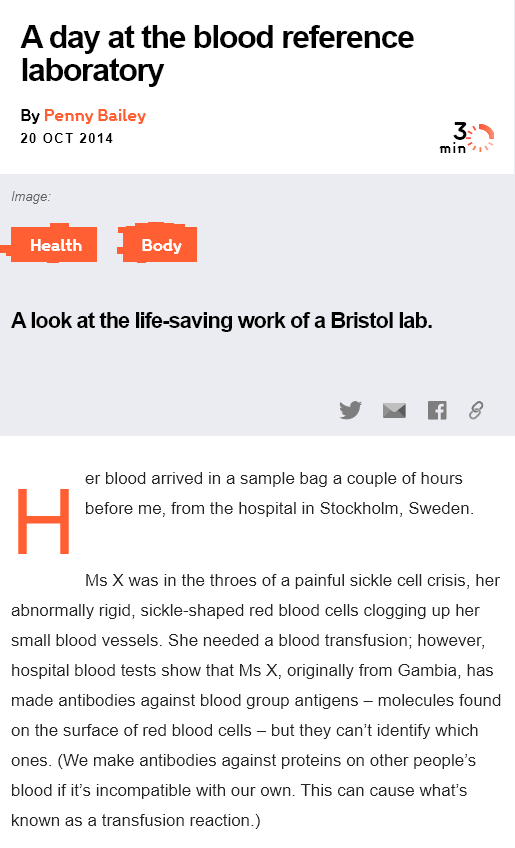
Ms X was in the throes of a painful sickle cell crisis, her
  abnormally rigid, sickle-shaped red blood cells clogging up her
  small blood vessels. She needed a blood transfusion; however,
  hospital blood tests show that Ms X, originally from Gambia, has
  made antibodies against blood group antigens —
     molecules found
  on the surface of red blood cells
     —
     but they can’t identify which
  ones. (We make antibodies against proteins on other people’s
  blood if it's incompatible with our own. This can cause what's
  known as a transfusion reaction.)
     er blood arrived in a sample bag a couple of hours
     before me, from the hospital in Stockholm, Sweden.
   Aday   at    the   blood    reference
   laboratory
  Alook at  the life-saving work of   a Bristol lab.
    clay    ety
  Image:
   By Penny Bailey
   20 OCT 2014